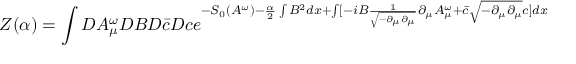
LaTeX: Z ( \alpha ) = \int { \cal D } A _ { \mu } ^ { \omega } { \cal D } B { \cal D } \bar { c } { \cal D } c e ^ { - S _ { 0 } ( A ^ { \omega } ) - \frac { \alpha } { 2 } \int B ^ { 2 } d x + \int [ - i B \frac { 1 } { \sqrt { - \partial _ { \mu } \partial _ { \mu } } } \partial _ { \mu } A _ { \mu } ^ { \omega } + \bar { c } \sqrt { - \partial _ { \mu } \partial _ { \mu } } c ] d x }